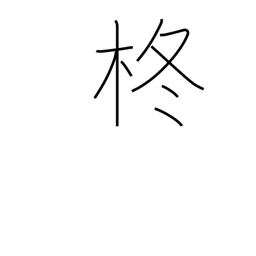
Meaning: holly